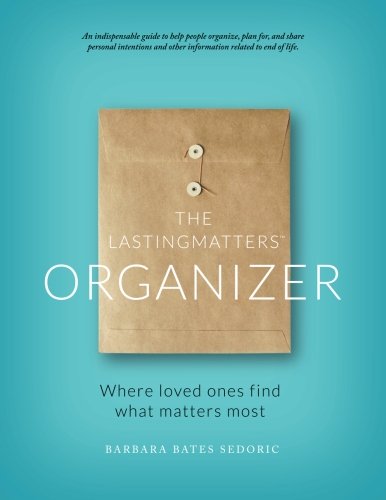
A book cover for The LastingMatters Organizer: Where loved ones find what matters most; Barbara Bates Sedoric; Self-Help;